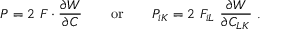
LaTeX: { \boldsymbol { P } } = 2 ~ { \boldsymbol { F } } \cdot { \frac { \partial W } { \partial { \boldsymbol { C } } } } \qquad { \mathrm { o r } } \qquad P _ { i K } = 2 ~ F _ { i L } ~ { \frac { \partial W } { \partial C _ { L K } } } ~ .